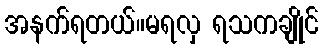
အနက်ရတယ်။မရလှ ရသကချိုင်